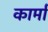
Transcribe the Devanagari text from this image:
कार्मां